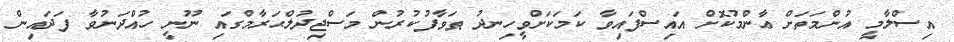
އިސްލާމީ އުންމަތަށް ޢާންމުކޮށް އައިސްފައިވާ ކަމަކަށްވީހިނދު ޠަވާފުކުރުން މަސްޖިދުލްޙަރާމްގައި ނޫނީ ހުއްދަނުވާ ފަދައިން